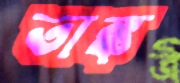
তাঙ্ক